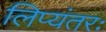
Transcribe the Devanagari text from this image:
लिप्यंतरः